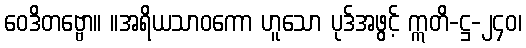
ဝေဒိတဗ္ဗော။ ။အရိယသာဝကော ဟူသော ပုဒ်အဖွင့် ဣတိ-ဋ္ဌ-၂၄၀၊